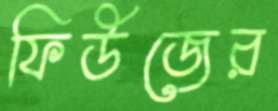
ফিউজের